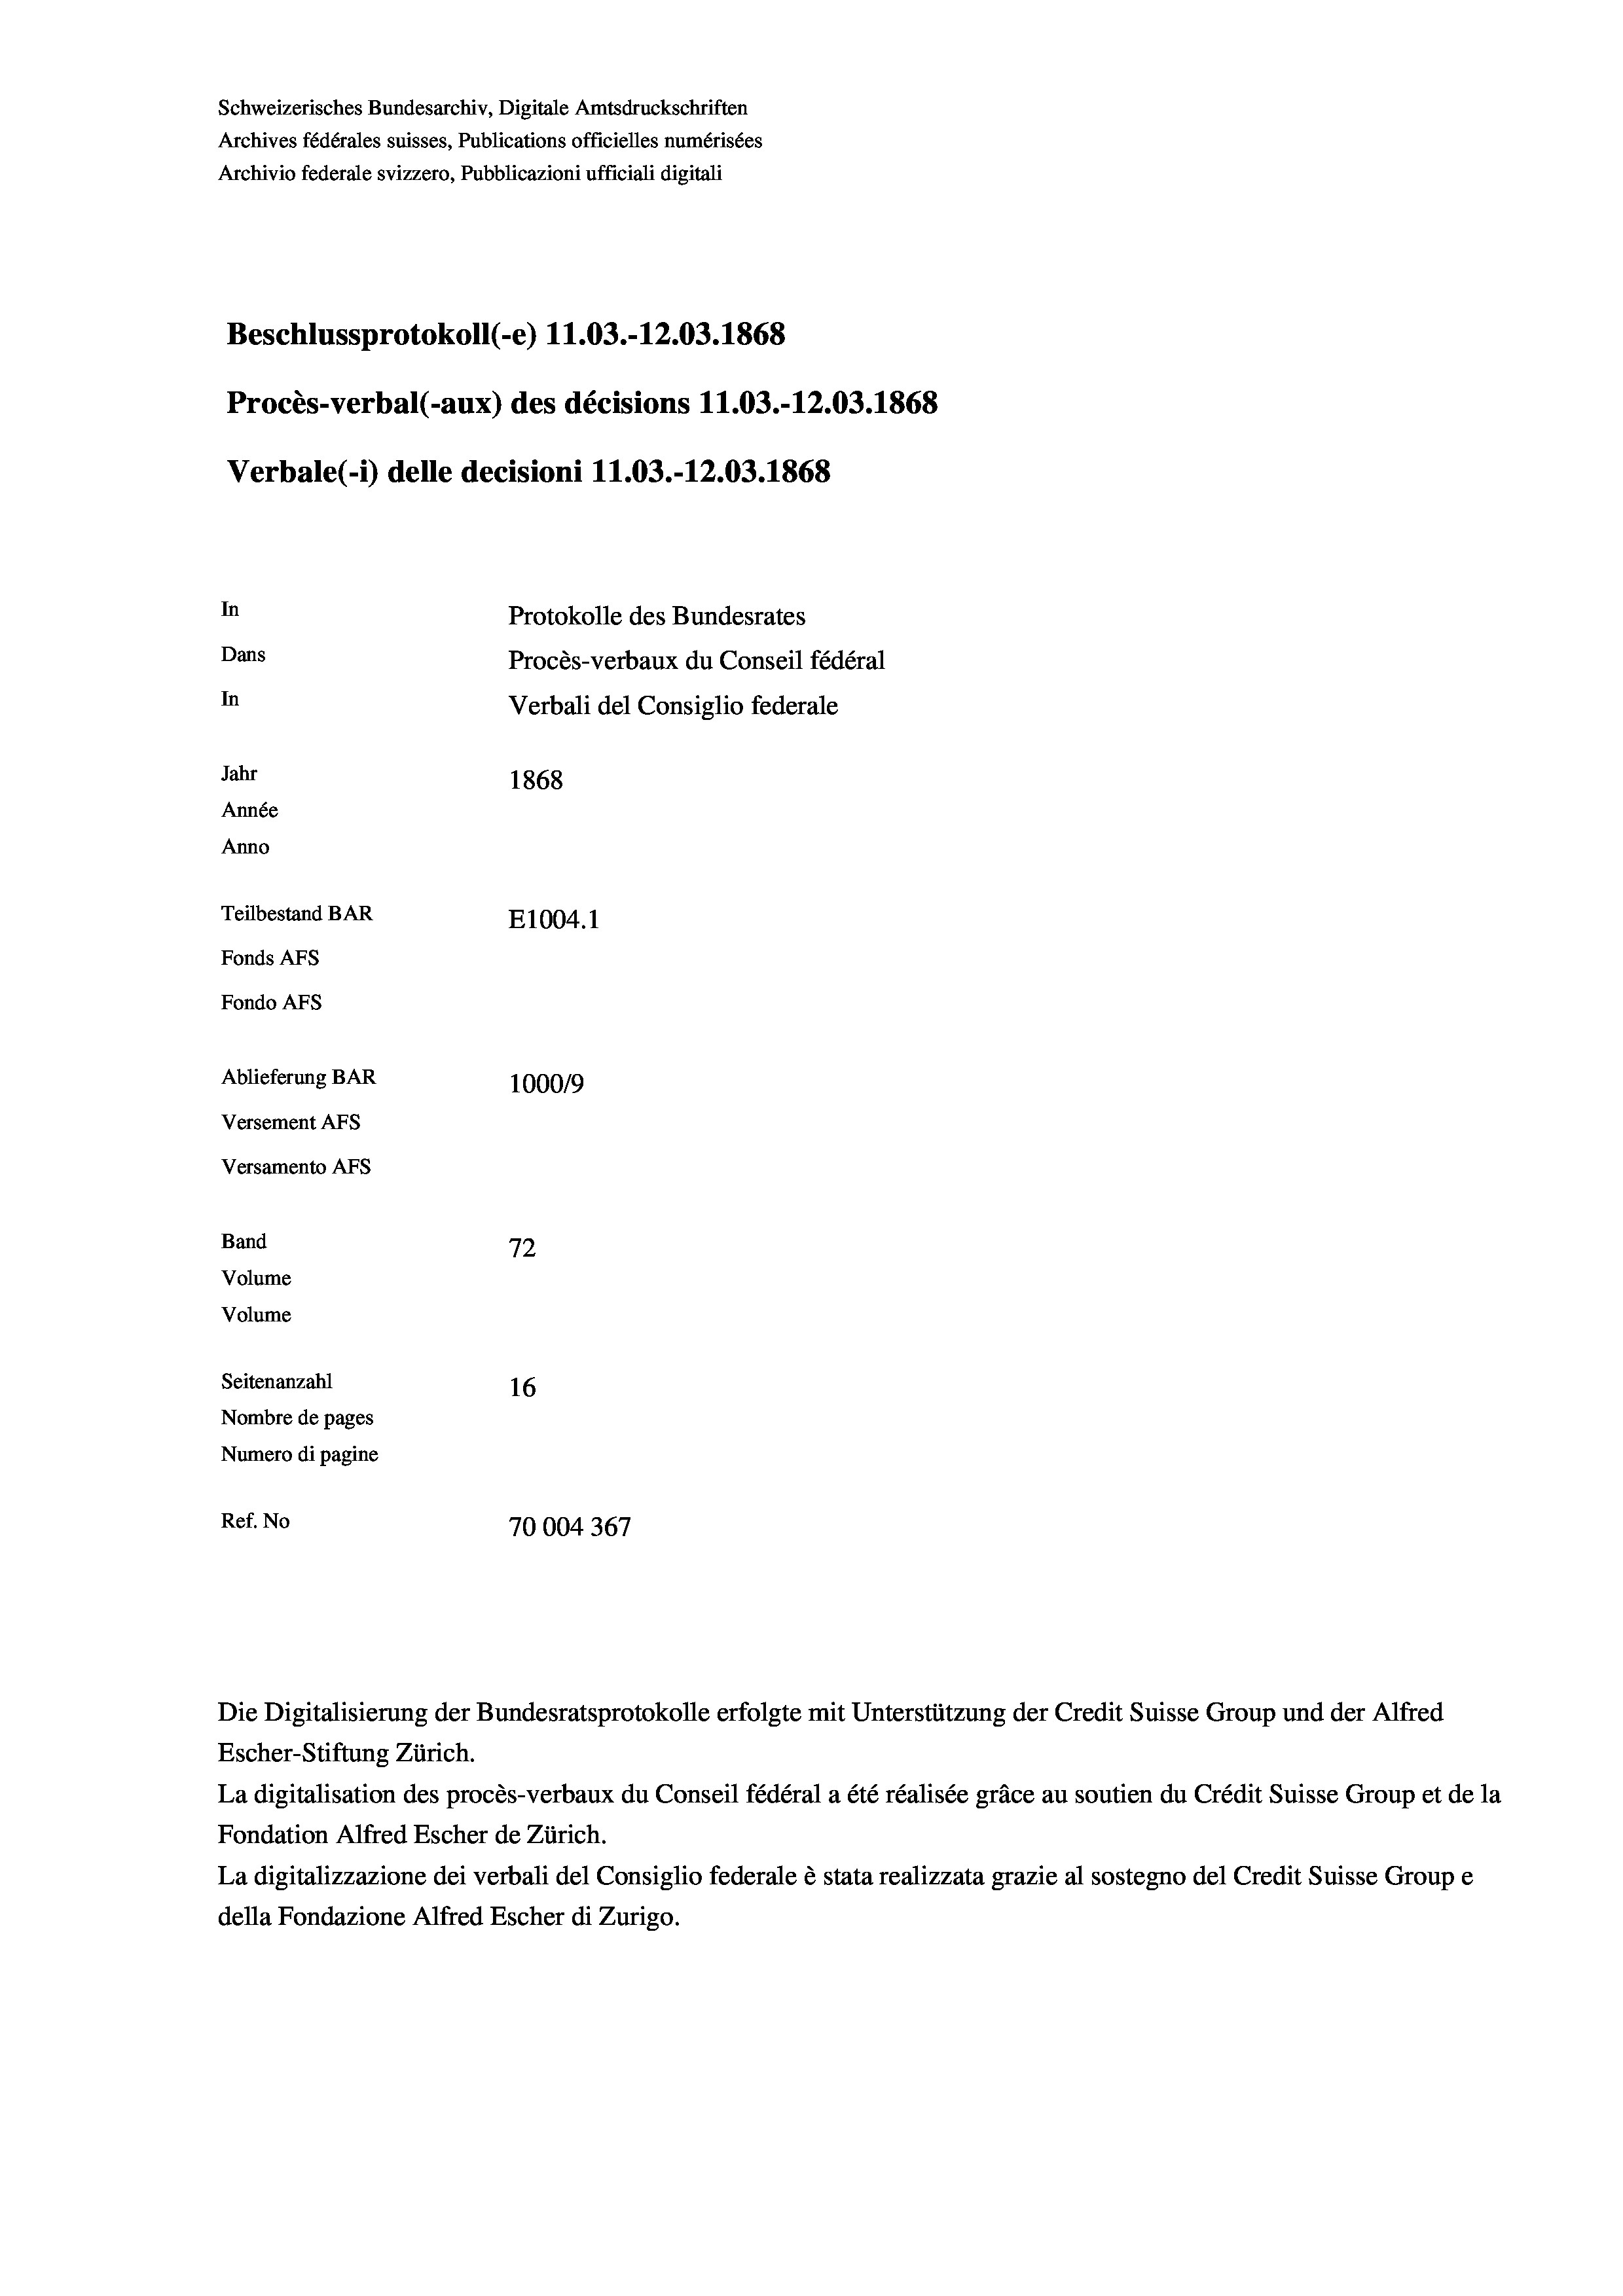
Schweizerisches Bundesarchiv, Digitale Amtsdruckschriften
Archives fédérales suisses, Publications officielles numérisées
Archivio federale svizzero, Pubblicazioni ufficiali digitali
Beschlussprotokoll (-e) 11.03.-12.03. 1868
Procès-verbal (-aux) des décisions 11.03.-12.03. 1868
Verbale (- 1) delle decisioni 11.03.-12.03. 1868
In
Protokolle des Bundesrates
Dans
Procès-verbaux du Conseil fédéral
In
Verbali del Consiglio federale
Jahr
1868
Année
Anno
Teilbestand BAR
E1004.1
Fonds AFs
Fondo AFS
Ablieferung BAR
100019
Versement AFs
Versamento AFs
e
Band
72
Volume
Volume
Seitenanzahl
16
Nombre de pages
Numero di pagine
Ref. No
70004367

La digitalisation des procès-verbaux du Conseil fédéral a été réalisée gräce au soutien du Crédit Suisse Group et de la
Fondation Alfred Escher de Zürich.
La digitalizzazione dei verbali del Consiglio federale è stata realizzata grazie al sostegno del Credit Suisse Groupe
della Fondazione Alfred Escher di Zurigo.

Die Digitalisierung der Bundesratsprotokolle erfolgte mit Unterstützung der Credit Suisse Group und der Alfred
Escher-Stiftung Zürich.